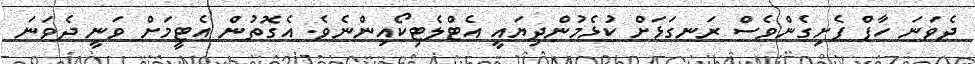
ދެވަނަ ހާފް ފެށިގެންވެސް ރަނގަޅަށް ކުޅެމުންދިޔައީ އެޓްލެޓިކޯއިންނެވެ. އެގޮތުން އެޓީމަށް ވަނީ ދެވަނަ